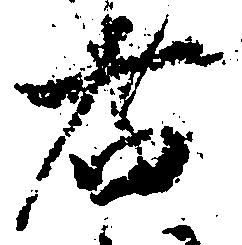
右